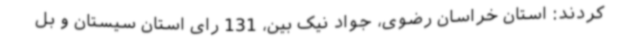
کردند: استان خراسان رضوی، جواد نیک بین، 131 رای استان سیستان و بل